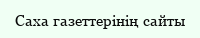
Саха газеттерінің сайты